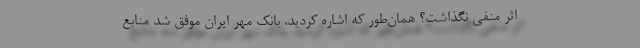
اثر منفی نگذاشت؟ همان‌طور که اشاره کردید، بانک مهر ایران موفق شد منابع